Senior Leaving Certificate Examination (including Day School Certificate (Higher) General paper), 1950
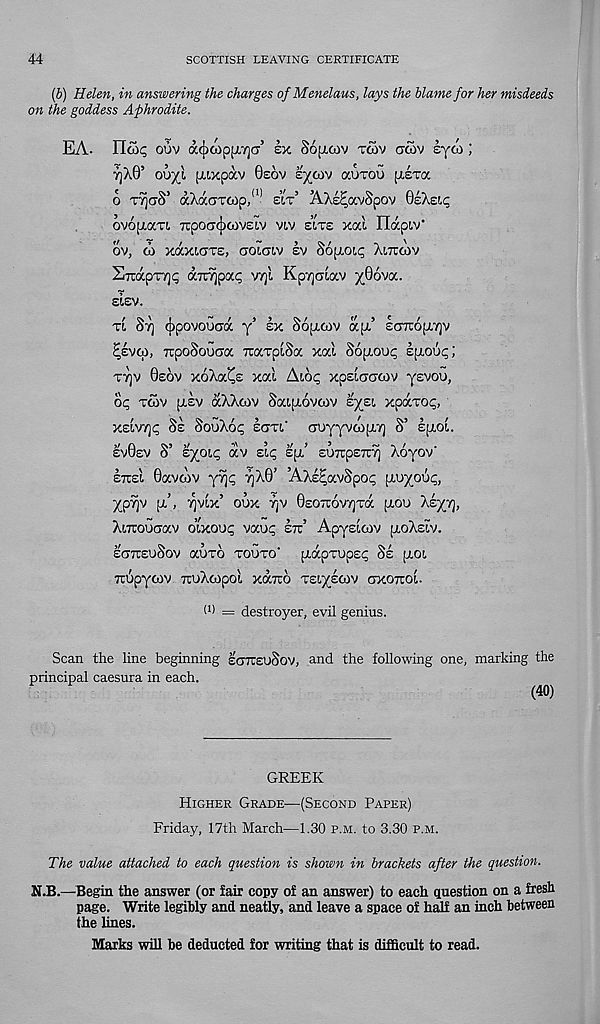
44
SCOTTISH LEAVING CERTIFICATE
(b) Helen, in answering the charges of Menelaus, lays the blame for her misdeeds
on the goddess Aphrodite.
EA. !!£><; ouv acjxopfx^a 5 sx Sojjxov twv acov syw;
7jX0’ ouyl paxpav Osov cyoav aurou (xera
6 ty)<7§ 5 aXaaTfop/ 11 sir’ AXe^avSpov OeXeic
ovopicm Tipoacjicovecv vtv site xal Hapt-v'
ov, co xaxiCTTe, aoiaiv sv Sopioic; Xittgiv
S7rapT7)<; aTajpoc? VTjl KpTjcriav y06va.
sisv.
tl Stj (^povouadc y 1 ex Sopicov apt’ EcrTrojxYjv
^evcp, TrpoSouaa rcarpiSa xal Sopiouc; epiou^;
tt]v 0e6v xoXa^s xal Aiop xpElaaoav yevou,
op Tcav piev aXXcov Satpiovcov syst, xpaTop,
XELV7]p Se SooXop sam.' auyyvGipiT) S’ ejxol.
EV0EV 8’ Ey°ip av Eip Epi’ EUTCpETCTj Xoyov'
etteI 0avcov yyjp yX©’ ’AXs^avSpop piuyoup,
ypyv (j/, ^vlx’ oux yjv 0£O7c6v7]Ta (xoo 'ki/r\,
Xt,7Touoav olxoop vaup ett’ Apyslcov pLoXsiv.
EOTCEUSOV aUTO TOUTO' piapTUpsp Si [XOt,
Tiopyoiv TruXcopol xdbra TEiyscov gxottoI.
(i) = destroyer, evil genius.
Scan the line beginning sgtceuSov, and the following one, marking the
principal caesura in each.
(40)
GREEK
Higher Grade—(Second Paper)
Friday, 17th March—1.30 p.m. to 3.30 p.m.
The value attached to each question is shown in brackets after the question.
N.B.—Begin the answer (or fair copy of an answer) to each question on a fresh
page. Write legibly and neatly, and leave a space of half an inch between
the lines.
Marks will be deducted for writing that is difficult to read.